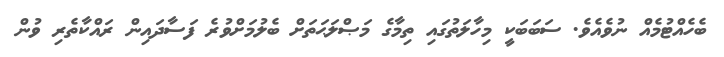
ބެހެއްޓުމެއް ނުވެއެވެ. ސަބަބަކީ މިހާލަތުގައި ތިމާގެ މަޞްލަޙަތަށް ބެލުމަށްވުރެ ފަސާދައިން ރައްކާތެރި ވުން